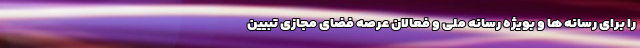
را برای رسانه ها و بویژه رسانه ملی و فعالان عرصه فضای مجازی تبیین